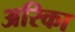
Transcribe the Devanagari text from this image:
अरिका